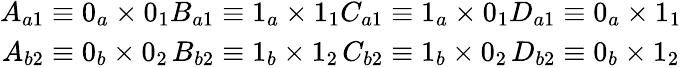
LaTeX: \begin{array}{c}{A_{a1}\equiv 0_{a}\times 0_{1}}\\ {A_{b2}\equiv 0_{b}\times 0_{2}}\end{array}\begin{array}{c}{B_{a1}\equiv 1_{a}\times 1_{1}}\\ {B_{b2}\equiv 1_{b}\times 1_{2}}\end{array}\begin{array}{c}{C_{a1}\equiv 1_{a}\times 0_{1}}\\ {C_{b2}\equiv 1_{b}\times 0_{2}}\end{array}\begin{array}{c}{D_{a1}\equiv 0_{a}\times 1_{1}}\\ {D_{b2}\equiv 0_{b}\times 1_{2}}\end{array}